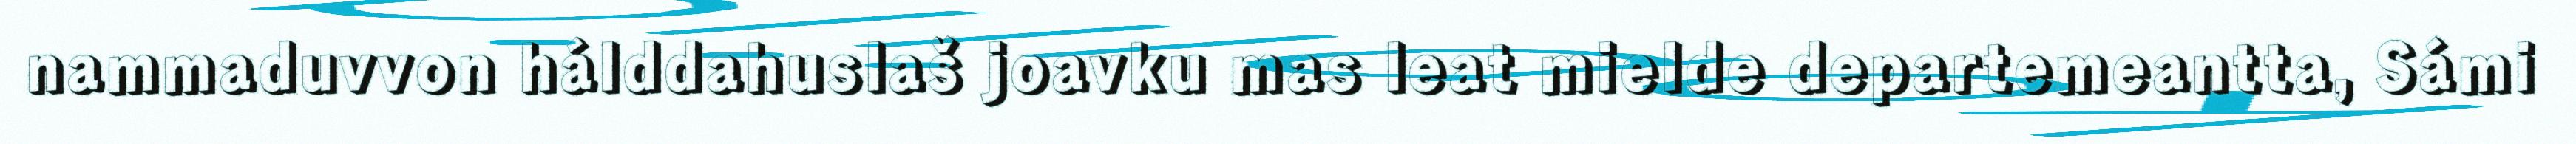
nammaduvvon hálddahuslaš joavku mas leat mielde departemeantta, Sámi